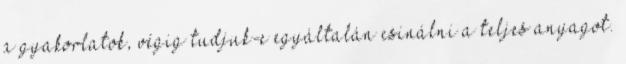
a gyakorlatok, végig tudjuk-e egyáltalán csinálni a teljes anyagot.